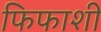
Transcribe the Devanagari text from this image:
फिफाशी